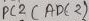
Text: ADC2